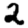
Digit: 2